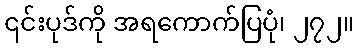
၎င်းပုဒ်ကို အရကောက်ပြပုံ၊ ၂၇၂။